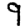
Digit: 9